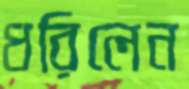
ধরিলেন